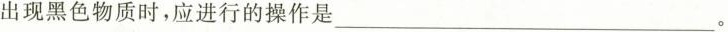
出现黑色物质时，应进行的操作是___。